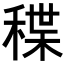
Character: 𥠓